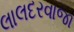
લાલદરવાજા